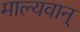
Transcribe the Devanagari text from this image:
माल्यवान्